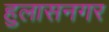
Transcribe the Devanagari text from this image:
हुलासनगर